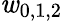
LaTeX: \mathit{w}_{0,1,2}